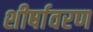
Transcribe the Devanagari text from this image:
शीर्षावरण